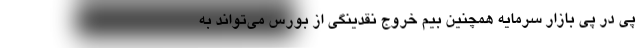
پی در پی بازار سرمایه همچنین بیم خروج نقدینگی از بورس می‌تواند به